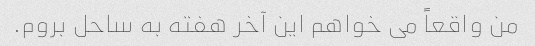
من واقعاً می خواهم این آخر هفته به ساحل بروم.